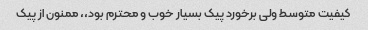
کیفیت متوسط ولی برخورد پیک بسیار خوب و محترم بود،، ممنون از پیک